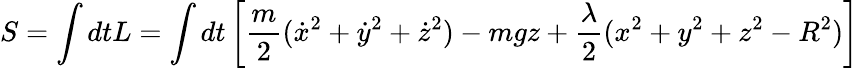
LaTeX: S=\int dtL=\int dt\left[{\frac{m}{2}}({\dot{x}}^{2}+{\dot{y}}^{2}+{\dot{z}}^{2})-mgz+{\frac{\lambda}{2}}(x^{2}+y^{2}+z^{2}-R^{2})\right]